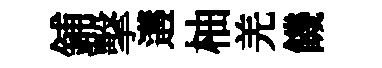
鋪擊遘柚羌饑